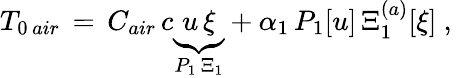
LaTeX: \begin{array}{r}{T_{0\, air}\, =\, C_{air}\, c\underbrace{u\, \xi}_{P_{1}\, \Xi_{1}}+\alpha_{1}\, P_{1}[u]\, \Xi_{1}^{(a)}[\xi]\ ,\ }\end{array}